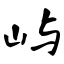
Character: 屿